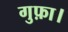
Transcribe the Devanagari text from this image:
गुफ़ा।